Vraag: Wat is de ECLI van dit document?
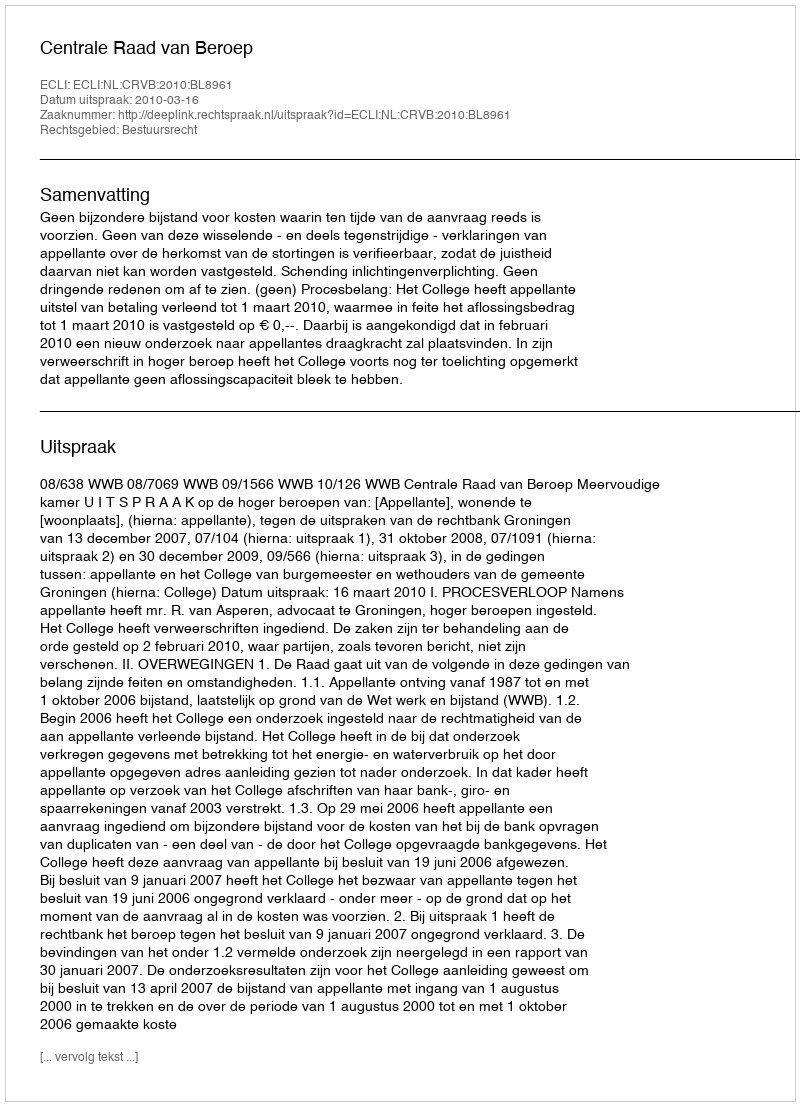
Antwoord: ECLI:NL:CRVB:2010:BL8961